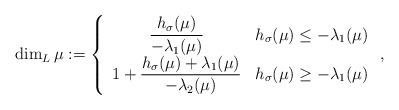
LaTeX: \begin{align*}\dim_L \mu:= \left\lbrace\begin{array}{cc}\dfrac{h_{\sigma}(\mu)}{-\lambda_1(\mu)} & h_{\sigma}(\mu)\leq -\lambda_1(\mu)\\1+\dfrac{h_{\sigma}(\mu) + \lambda_1(\mu)}{-\lambda_2(\mu)}& h_{\sigma}(\mu)\geq -\lambda_1(\mu)\end{array}\right. ,\end{align*}